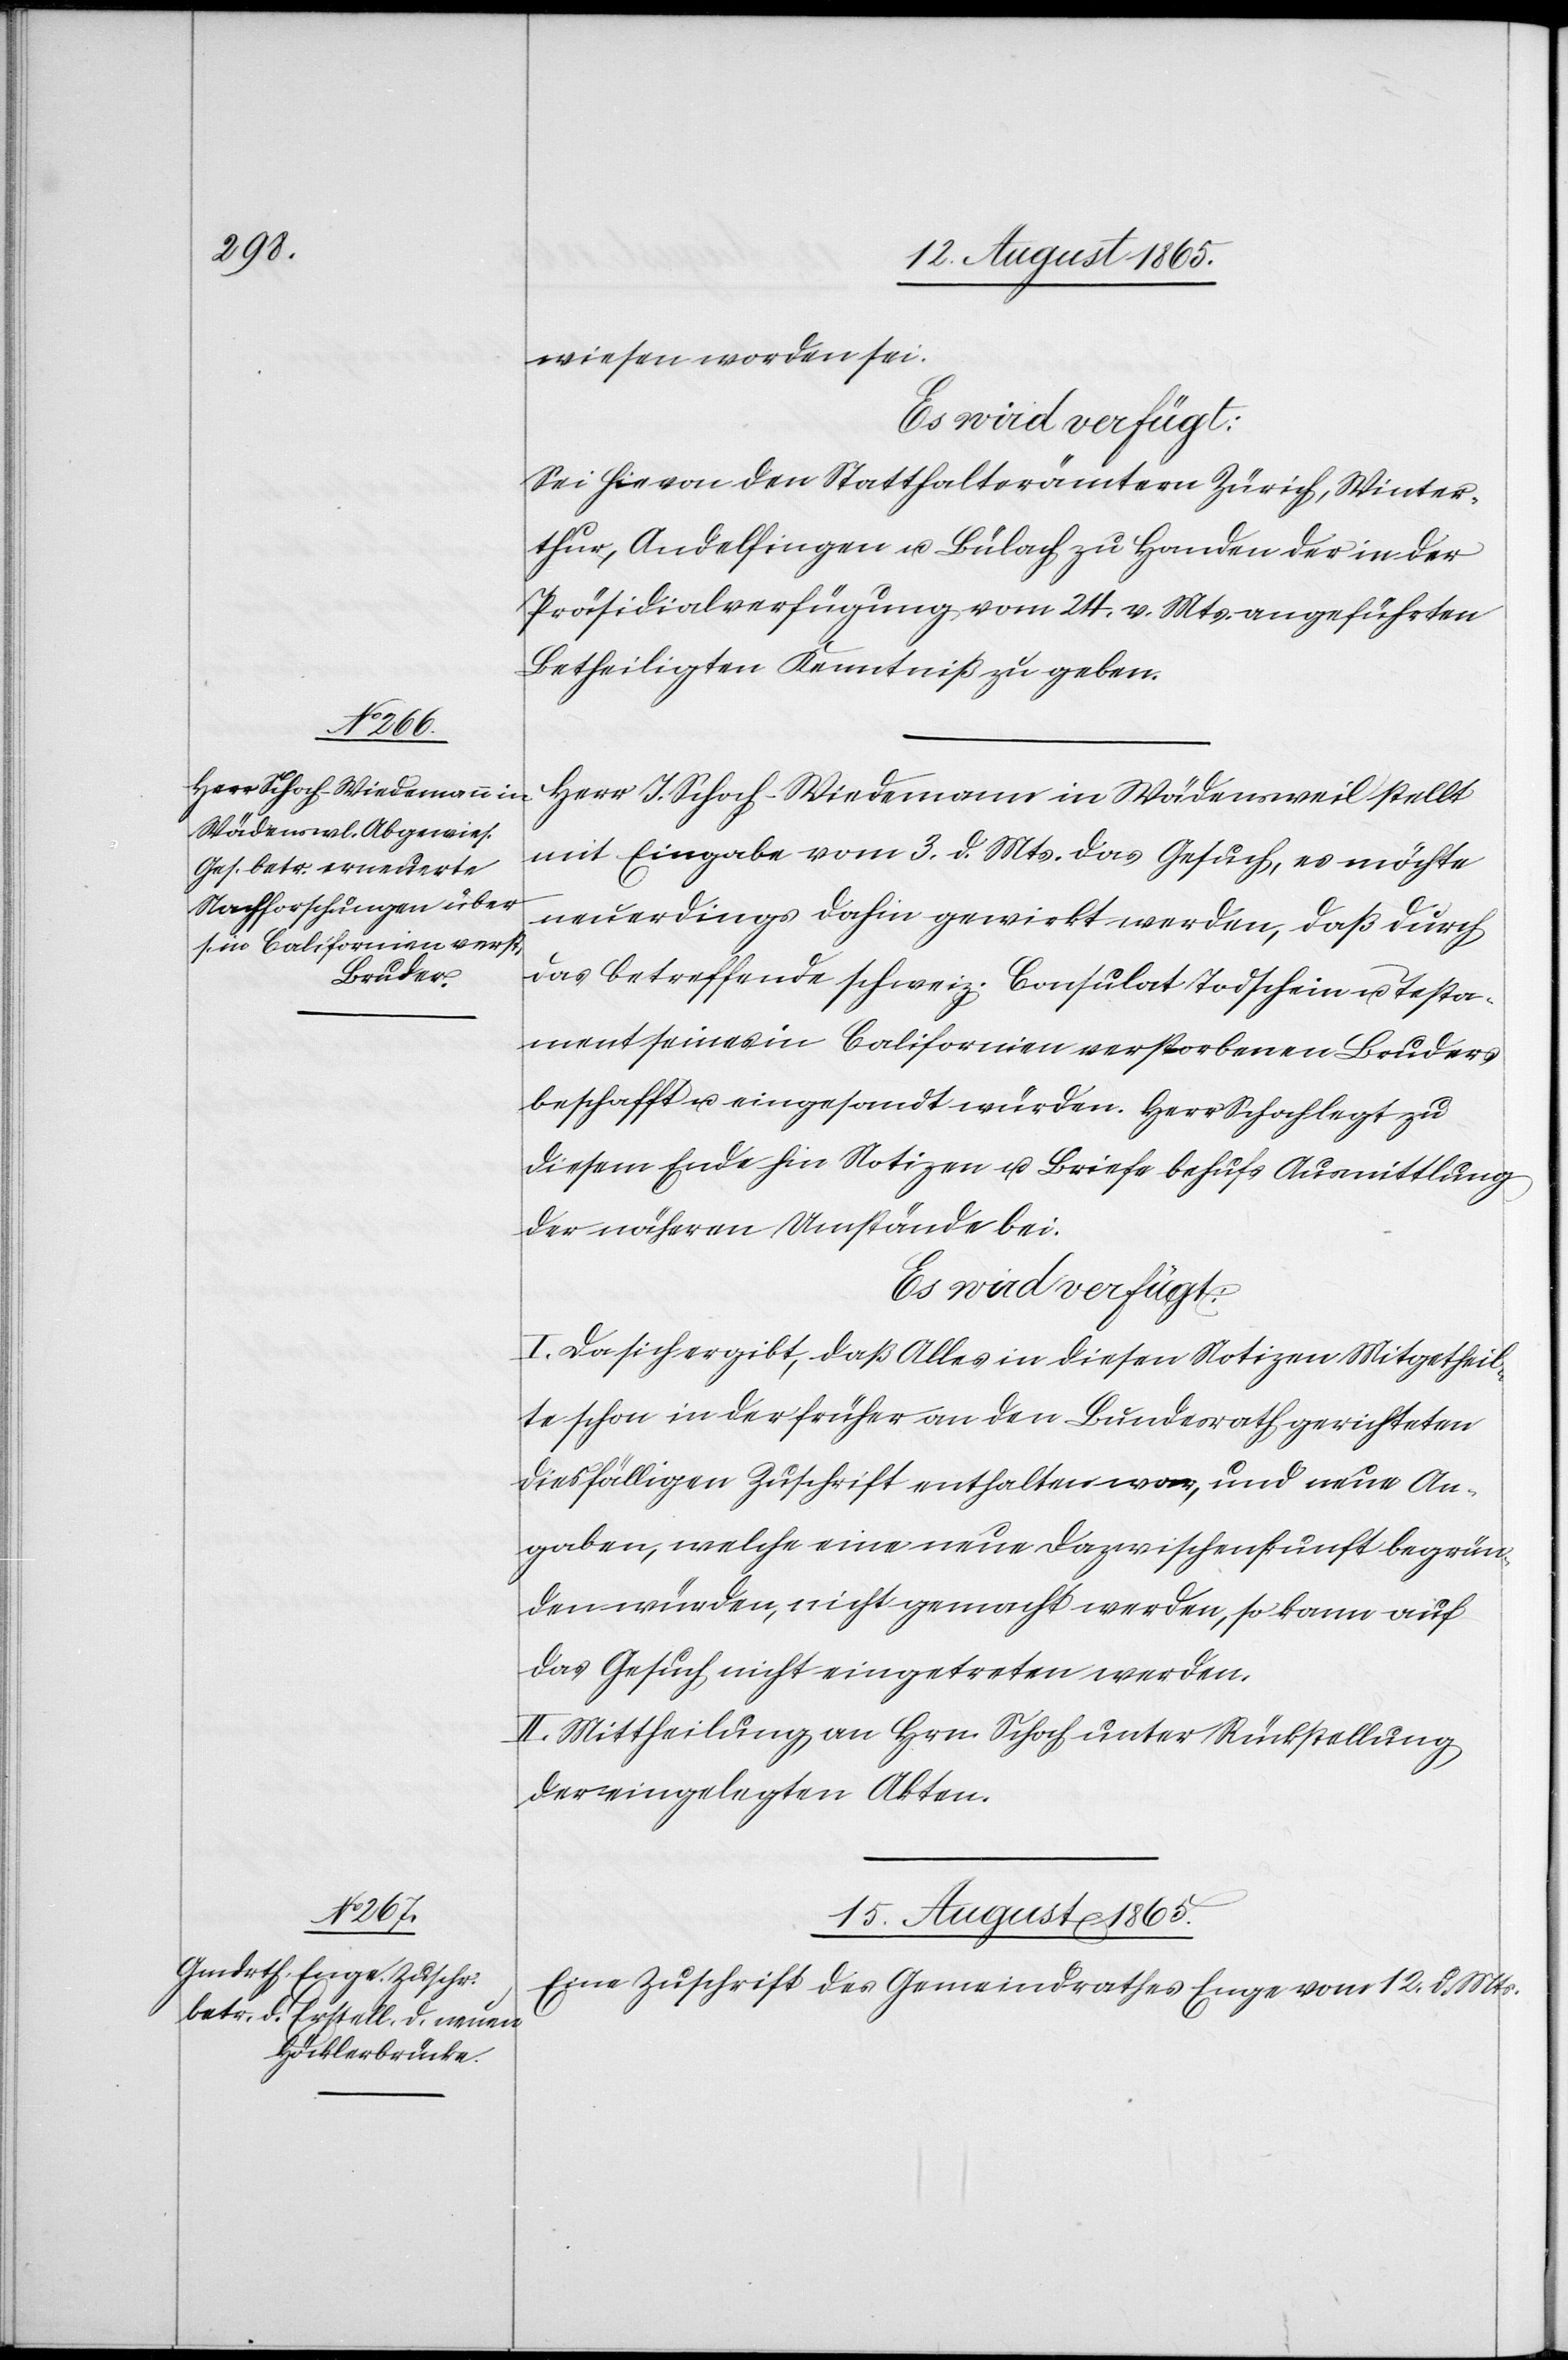
wiesen worden sei.
Es wird verfügt:
Sei hievon den Statthalterämtern Zürich, Winter¬
thur, Andelfingen, u. Bülach zu Handen der in der
Präsidialverfügung vom 24. v. Mts. angeführten
Betheiligten Kenntniß zu geben.
Herr J. Schoch-Wiedemann in Wädensweil stellt
mit Eingabe vom 3. d. Mts. das Gesuch, es möchte
neuerdings dahin gewirkt werden, daß durch
das betreffende schweiz. Consulat Todschein u. Testa¬
ment seines in Californien verstorbenen Bruders
beschafft u. eingesandt würden. Herr Schoch legt zu
diesem Ende hin Notizen u. Briefe behufs Ausmittlung
der näheren Umstände bei.
I. Da sich ergibt, daß Alles in diesen Notizen Mitgetheil¬
te schon in der früher an den Bundesrath gerichteten
diesfälligen Zuschrift enthalten war, und neue An¬
gaben, welche eine neue Dazwischenkunft begrün¬
den würden, nicht gemacht werden, so kann auf
das Gesuch nicht eingetreten werden.
II. Mittheilung an Hrn. Schoch unter Rückstellung
der eingelegten Akten.
15. August 1865.
Eine Zuschrift des Gemeindrathes Enge vom 12. d. Mts.